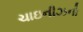
ચાઇનીઝનો